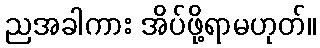
ညအခါကား အိပ်ဖို့ရာမဟုတ်။